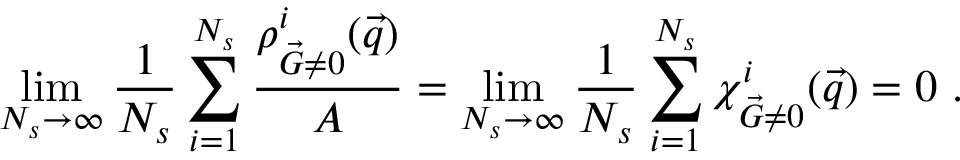
\operatorname* { l i m } _ { N _ { s } \to \infty } \frac { 1 } { N _ { s } } \sum _ { i = 1 } ^ { N _ { s } } \frac { { \rho _ { \vec { G } \neq 0 } ^ { i } ( \vec { q } ) } } { A } = \operatorname* { l i m } _ { N _ { s } \to \infty } \frac { 1 } { N _ { s } } \sum _ { i = 1 } ^ { N _ { s } } { \chi _ { \vec { G } \neq 0 } ^ { i } ( \vec { q } ) } = 0 \ .